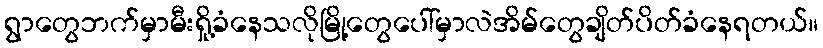
ရွာတွေဘက်မှာမီးရှို့ခံနေသလိုမြို့တွေပေါ်မှာလဲအိမ်တွေချိတ်ပိတ်ခံနေရတယ်။